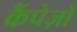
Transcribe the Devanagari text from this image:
कैंपेज़ो